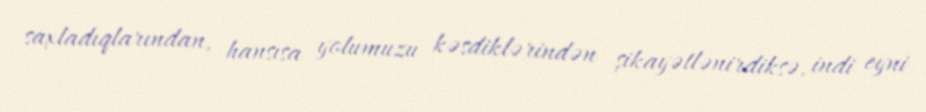
saxladıqlarından, hansısa yolumuzu kəsdiklərindən şikayətlənirdiksə, indi eyni